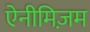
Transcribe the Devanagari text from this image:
ऐनीमिज़म